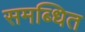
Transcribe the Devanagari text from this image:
समब्धित